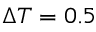
\Delta T = 0 . 5 \